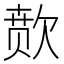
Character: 𬅫